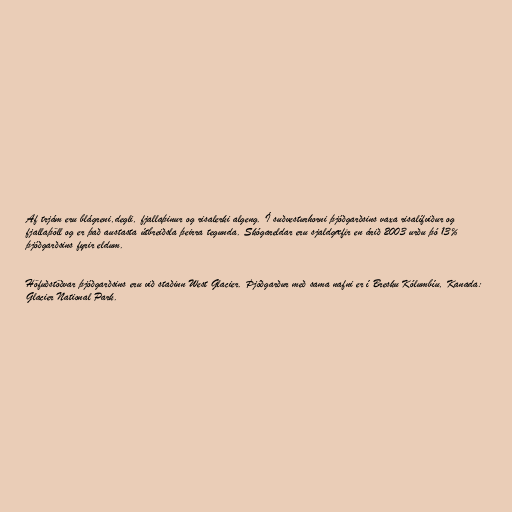
Af trjám eru blágreni,degli, fjallaþinur og risalerki algeng. Í suðvesturhorni þjóðgarðsins vaxa risalífviður og
fjallaþöll og er það austasta útbreiðsla þeirra tegunda. Skógareldar eru sjaldgæfir en árið 2003 urðu þó 13%
þjóðgarðsins fyrir eldum.

Höfuðstöðvar þjóðgarðsins eru við staðinn West Glacier. Þjóðgarður með sama nafni er í Bresku Kólumbíu, Kanada:
Glacier National Park.